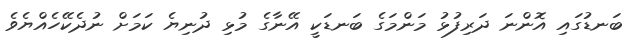
ބަނޑުގައި އޮންނަ ދަރިފުޅު މަންމަގެ ބަނޑަކީ އޭނާގެ މުޅި ދުނިޔެ ކަމަށް ނުދެކޭހެއްޔެވެ